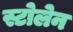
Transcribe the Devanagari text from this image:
स्टोलेन